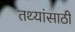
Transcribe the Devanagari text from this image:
तथ्यांसाठी